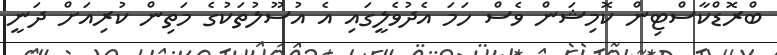
ބްރޮޑްކާސްޓިން ކޮމިޝަން ވެސް ހަމަ އެދުވެލީގައި އެ އުސޫލުތަކުގެ މަތިން ކުރިއަށް ދަނީ